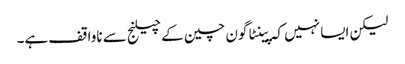
لیکن ایسا نہیں کہ پینٹاگون چین کے چیلنج سے ناواقف ہے۔